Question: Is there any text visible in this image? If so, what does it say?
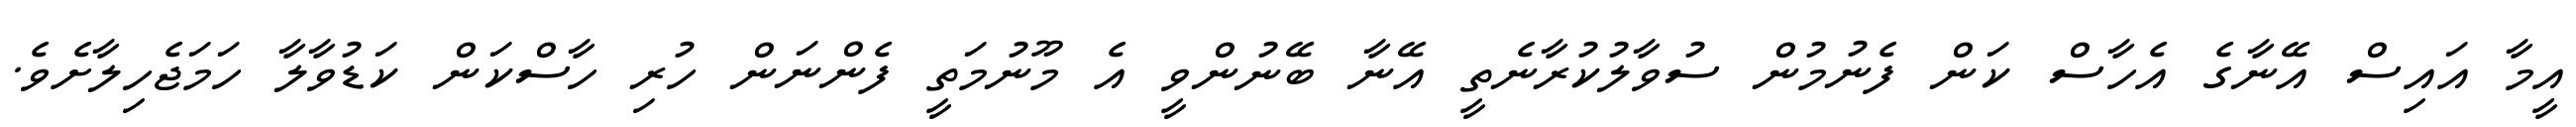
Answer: އީމާ އައިސް އޭނާގެ އެހާސް ކަން ފެނުމުން ސުވާލުކުރާނެތީ އޭނާ ބޭނުންވީ އެ މޫނުމަތީ ފެންނަން ހުރި ހާސްކަން ކަޑުވާލާ ހަމަޖެހިލާށެވެ.